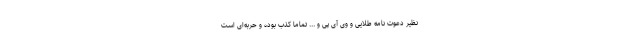
نظیر دعوت نامه طلایی و وی آی پی و ... تماما کذب بوده و حربه‌ای است